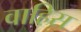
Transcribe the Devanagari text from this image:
वाहिस